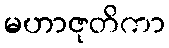
မဟာဇုတိကာ